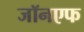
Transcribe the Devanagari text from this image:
जॉनएफ